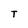
Character: T